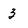
Character: 3